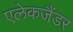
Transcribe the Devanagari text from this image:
एलेकजैंडर